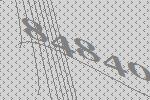
84840